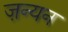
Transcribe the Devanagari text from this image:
ज़न्यन